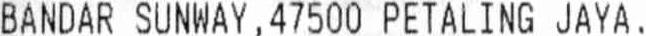
BANDAR SUNWAY , 47500 PETALING JAYA .